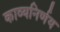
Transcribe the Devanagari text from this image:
काव्यनिर्णय